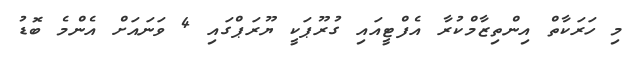
މި ހަރަކާތް އިންތިޒާމްކުރާ އެފްޓީއައި ގުރޫޕަކީ ޔޫރަޕްގައި 4 ވަނައަށް އެންމެ ބޮޑު